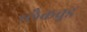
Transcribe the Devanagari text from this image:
ब्लैकव़ुड